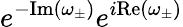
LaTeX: e^{-\mathrm{Im}\left(\omega_{\pm}\right)}e^{i\mathrm{Re}\left(\omega_{\pm}\right)}